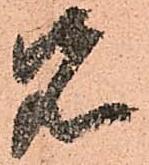
先